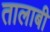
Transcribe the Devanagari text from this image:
तालाबी